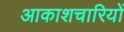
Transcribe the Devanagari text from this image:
आकाशचारियों